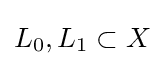
L_{0},L_{1}\subset X